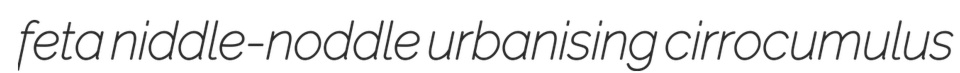
feta niddle-noddle urbanising cirrocumulus